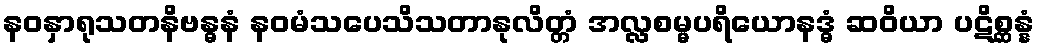
နဝနှာရုသတနိဗန္ဓနံ နဝမံသပေသိသတာနုလိတ္တံ အလ္လစမ္မပရိယောနဒ္ဓံ ဆဝိယာ ပဋိစ္ဆန္နံ